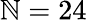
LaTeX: \mathbb{N}=24